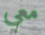
معي